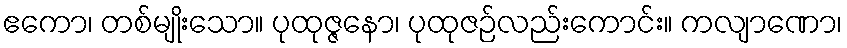
ဧကော၊ တစ်မျိုးသော။ ပုထုဇ္ဇနော၊ ပုထုဇဉ်လည်းကောင်း။ ကလျာဏော၊